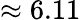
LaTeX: \approx 6.11